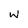
Character: W